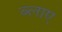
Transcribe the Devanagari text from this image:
ब्लाए